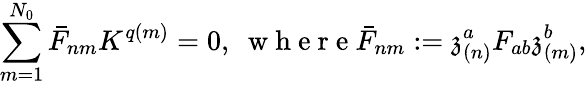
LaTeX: \sum_{m=1}^{N_{0}}\bar{F}_{nm}K^{q\left(m\right)}=0,\ \mathrm{~w~h~e~r~e~}\bar{F}_{nm}:=\mathfrak{z}_{\left(n\right)}^{a}F_{ab}\mathfrak{z}_{\left(m\right)}^{b},